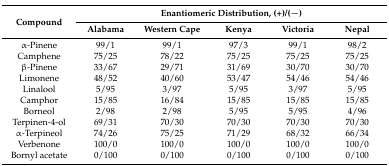
<table><thead><tr><td rowspan="2"><b>Compound</b></td><td colspan="5"><b>Enantiomeric Distribution, (+)/(−)</b></td></tr><tr><td><b>Alabama</b></td><td><b>Western Cape</b></td><td><b>Kenya</b></td><td><b>Victoria</b></td><td><b>Nepal</b></td></tr></thead><tbody><tr><td>α-Pinene</td><td>99/1</td><td>99/1</td><td>97/3</td><td>99/1</td><td>98/2</td></tr><tr><td>Camphene</td><td>75/25</td><td>78/22</td><td>75/25</td><td>75/25</td><td>75/25</td></tr><tr><td>β-Pinene</td><td>33/67</td><td>29/71</td><td>31/69</td><td>30/70</td><td>30/70</td></tr><tr><td>Limonene</td><td>48/52</td><td>40/60</td><td>53/47</td><td>54/46</td><td>54/46</td></tr><tr><td>Linalool</td><td>5/95</td><td>3/97</td><td>5/95</td><td>3/97</td><td>5/95</td></tr><tr><td>Camphor</td><td>15/85</td><td>16/84</td><td>15/85</td><td>15/85</td><td>15/85</td></tr><tr><td>Borneol</td><td>2/98</td><td>2/98</td><td>5/95</td><td>5/95</td><td>4/96</td></tr><tr><td>Terpinen-4-ol</td><td>69/31</td><td>70/30</td><td>70/30</td><td>70/30</td><td>70/30</td></tr><tr><td>α-Terpineol</td><td>74/26</td><td>75/25</td><td>71/29</td><td>68/32</td><td>66/34</td></tr><tr><td>Verbenone</td><td>100/0</td><td>100/0</td><td>100/0</td><td>100/0</td><td>100/0</td></tr><tr><td>Bornyl acetate</td><td>0/100</td><td>0/100</td><td>0/100</td><td>0/100</td><td>0/100</td></tr></tbody></table>